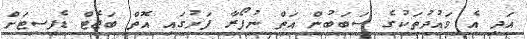
އަދި އެ ވައުދުތަކުގެ ސަބަބުން އަތް ނުފޯރާ ފަށުގައި އޮތް ބަޖެޓް ޑެފިސިޓަށް